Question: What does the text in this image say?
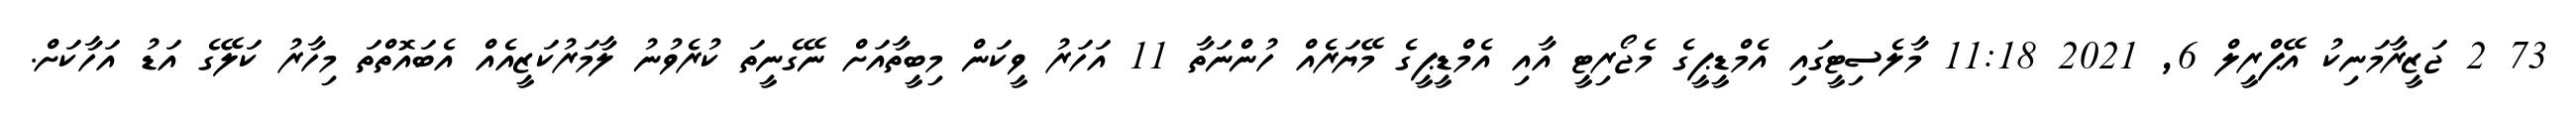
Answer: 73 2 ޖަޒީރާމަނިކު އޭޕްރީލް 6, 2021 11:18 މާލެސިޓީގައި އެމްޑީޕީގެ މެޖޯރިޓީ އާއި އެމްޑީޕީގެ މޭޔަރެއް ހުންނަތާ 11 އަހަރު ވީކަން މިބީތާއަށް ނޭގެނީތަ ކުރެވުނު ލާމަރުކަޒީއެއް އެބައޮތްތަ މިހާރު ކަލޭގެ އަޑު އަހާކަށް.